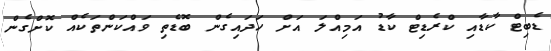
ޑެބިޓް ކާޑާއި ކްރެޑިޓް ކާޑު އަމިއްލަ އަށް ހަދައިގެން ބޮޑެތި ވައްކަންތަކެއް ކޮށްގެން